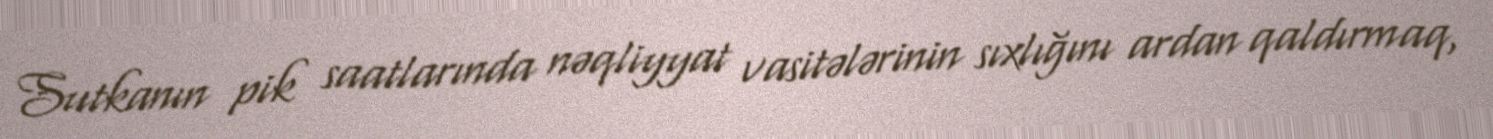
Sutkanın pik saatlarında nəqliyyat vasitələrinin sıxlığını ardan qaldırmaq,